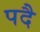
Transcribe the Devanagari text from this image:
पदै